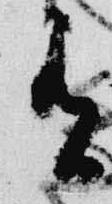
有